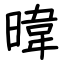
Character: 暐